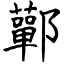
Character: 鄿